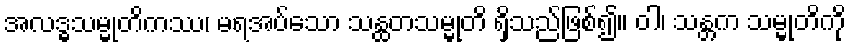
အလဒ္ဓသမ္မုတိကဿ၊ မရအပ်သော သန္ထတသမ္မုတိ ရှိသည်ဖြစ်၍။ ဝါ၊ သန္တက သမ္မုတိကို